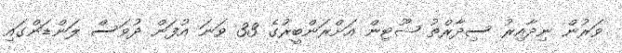
ވަރުން ނިދާއިރު ސިދާރްތު ޝޫޓިން އަށްރަންބީރުގެ 33 ވަނަ އުފަން ދުވަސް ލަންޑަންގައި